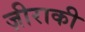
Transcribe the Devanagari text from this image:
ज़ीराकी